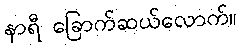
နာရီ ခြောက်ဆယ်လောက်။